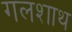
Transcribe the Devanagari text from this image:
गलशाथ